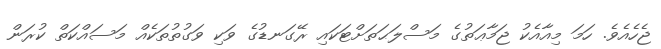
ޖެހެއެވެ. ހަމަ މިއާއެކު ޖަމާޢަތުގެ މަސްލަޙަތަށްޓަކައި ރޭގަނޑުގެ ވަކި ވަގުތުތަކެއް މަސައްކަތް ކުރަން